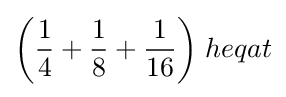
{\bigg (}{\frac {1}{4}}+{\frac {1}{8}}+{\frac {1}{16}}{\bigg )}\;heqat